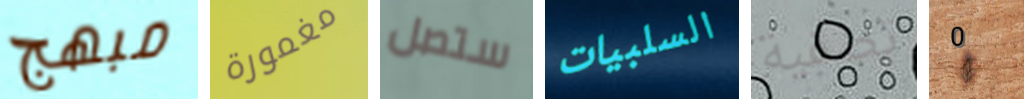
مبهج مغمورة ستصل السلبيات تصفية 0